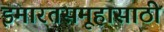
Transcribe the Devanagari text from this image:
इमारतसमूहासाठी